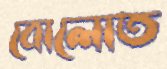
বোলোত